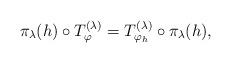
LaTeX: \begin{align*} \pi_\lambda(h) \circ T^{(\lambda)}_\varphi = T^{(\lambda)}_{\varphi_h} \circ \pi_\lambda(h), \end{align*}